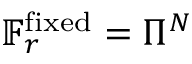
\mathbb { F } _ { r } ^ { \mathrm { f i x e d } } = \Pi ^ { N }